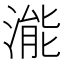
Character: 㴰